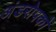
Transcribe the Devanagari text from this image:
अंडरोपकों